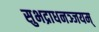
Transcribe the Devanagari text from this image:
सुभद्राधनञ्जयम्